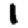
Digit: 1